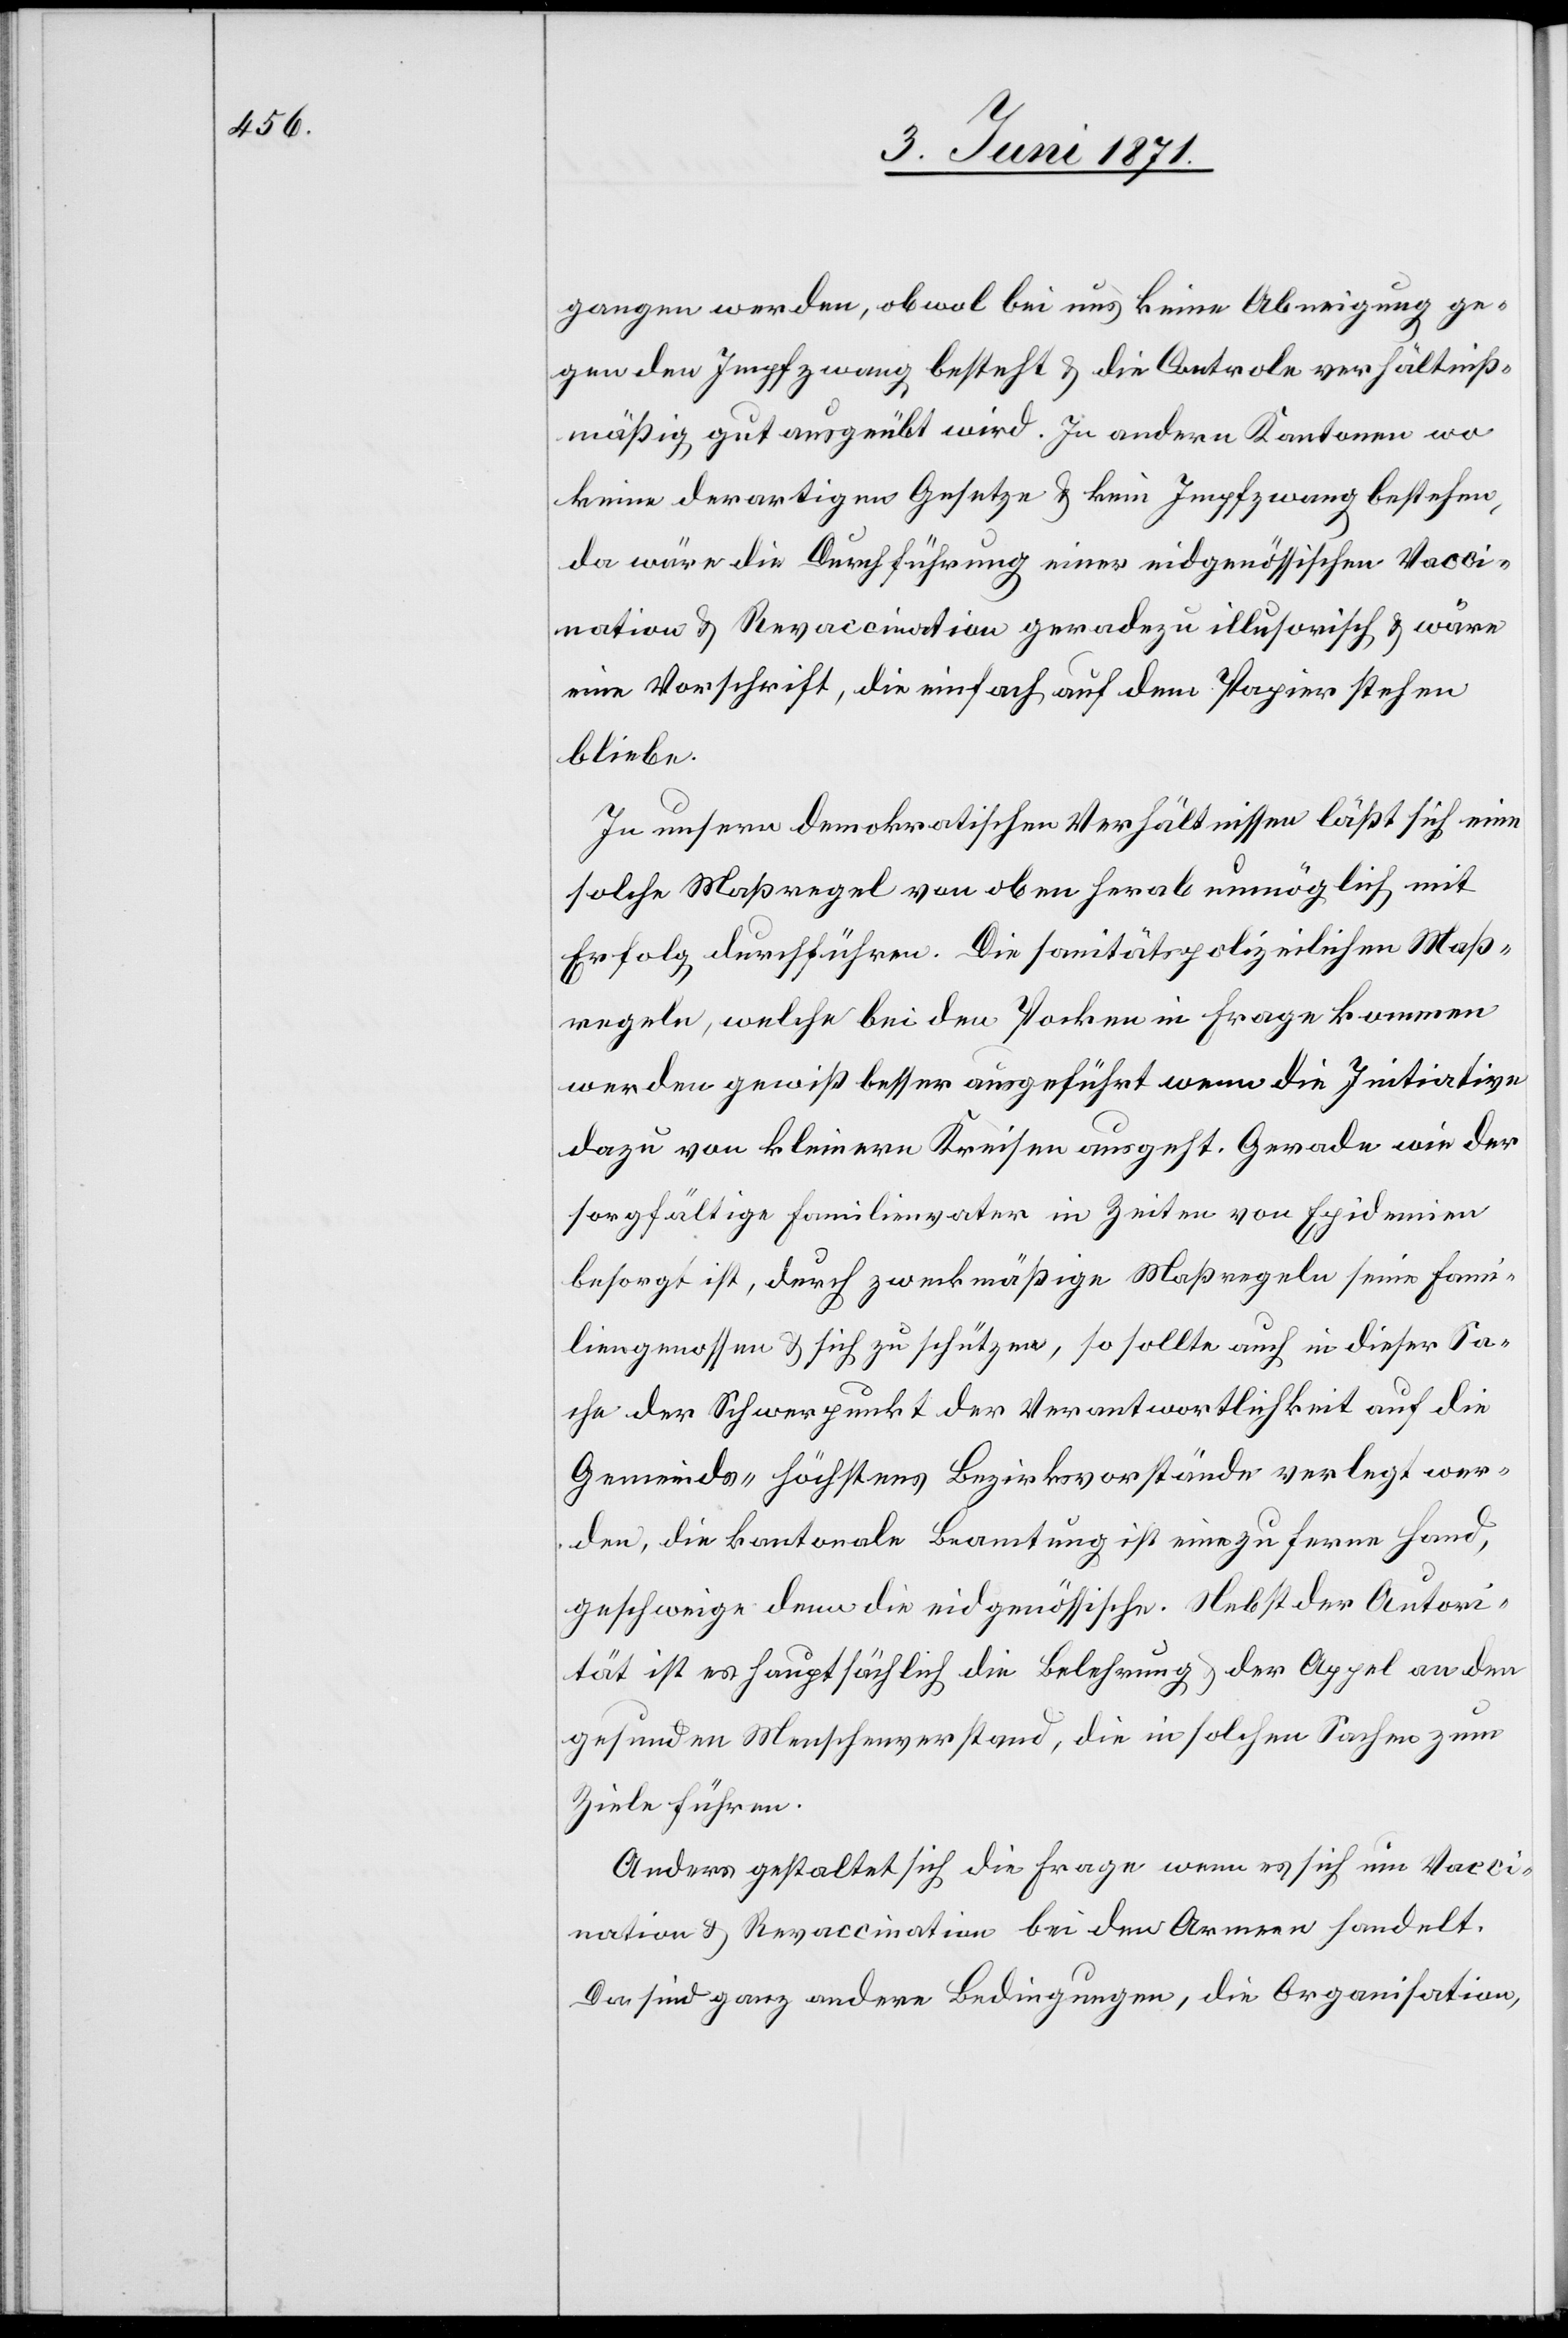
gangen werden, obwol bei uns keine Abneigung ge¬
gen den Impfzwang besteht u. die Controle verhältniß¬
mäßig gut ausgeübt wird. In andern Kantonen wo
keine derartigen Gesetze u. kein Impfzwang bestehen,
da wäre die Durchführung einer eidgenössischen Vacci¬
nation u. Revaccination geradezu illusorisch u. wäre
eine Vorschrift, die einfach auf dem Papier stehen
bliebe.
In unsern demokratischen Verhältnissen läßt sich eine
solche Maßregel von oben herab unmöglich mit
Erfolg durchführen. Die sanitätspolizeilichen Maß¬
regeln, welche bei den Pocken in Fragen kommen
werden gewiß besser ausgeführt wenn die Initiative
dazu von kleinern Kreisen ausgeht. Gerade wie der
sorgfältige Familienvater in Zeiten von Epidemien
besorgt ist, durch zweckmäßige Maßregeln seine Fami¬
liengenossen u. sich zu schützen, so sollte auch in dieser Sa¬
che der Schwerpunkt der Verantwortlichkeit auf die
Gemeinds- höchstens Bezirksvorstände verlegt wer¬
den, die kantonale Beamtung ist eine zu ferne Hand,
geschweige denn die eidgenössische. Nebst der Autori¬
tät ist es hauptsächlich die Belehrung u. der Appel an den
gesunden Menschenverstand, die in solchen Sachen zum
Ziele führen.
Anders gestaltet sich die Frage wenn es ich um Vacci¬
nation u. Revaccination bei den Armen handelt.
Da sind ganz andere Bedingungen, die Organisation,